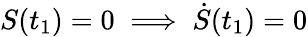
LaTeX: S(t_{1})=0\implies\dot{S}(t_{1})=0